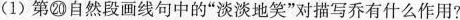
(1) 第⑳自然段画线句中的“淡淡地笑”对描写乔有什么作用?